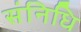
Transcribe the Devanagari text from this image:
संनिधि